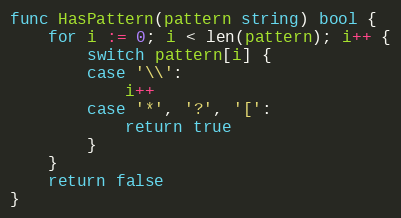
Language: Go
func HasPattern(pattern string) bool {
	for i := 0; i < len(pattern); i++ {
		switch pattern[i] {
		case '\\':
			i++
		case '*', '?', '[':
			return true
		}
	}
	return false
}